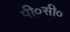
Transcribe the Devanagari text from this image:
पी०सी०